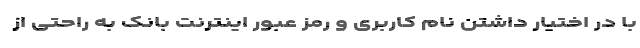
با در اختیار داشتن نام کاربری و رمز عبور اینترنت بانک به راحتی از